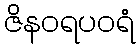
ဇိနဝရပဝရံ